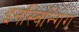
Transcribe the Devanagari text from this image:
इनस्विन्गिंग